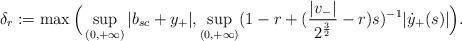
LaTeX: \begin{align*} \delta_r:=\max\Big(\sup_{(0,+\infty)}|b_{sc}+y_+|,\sup_{(0,+\infty)}(1-r+({|v_-|\over 2^{3\over 2}}-r)s)^{-1}|\dot y_+(s)|\Big).\end{align*}